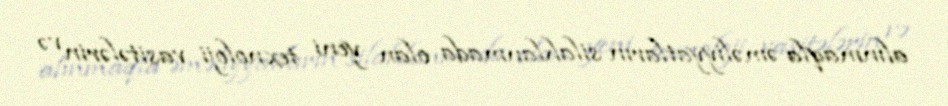
alınmaqla əməliyyatların silahlanmada olan yeni texnoloji vasitələrin və